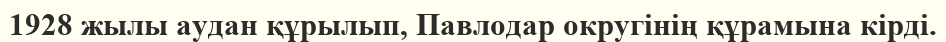
1928 жылы аудан құрылып, Павлодар округінің құрамына кірді.